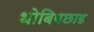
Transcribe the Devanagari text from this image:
धोबिपछाड